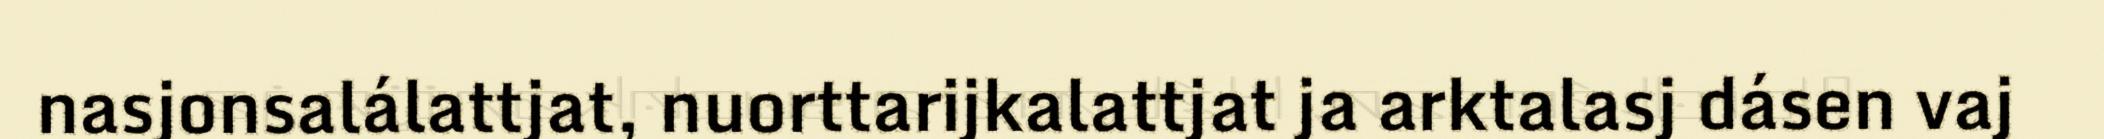
nasjonsalálattjat, nuorttarijkalattjat ja arktalasj dásen vaj